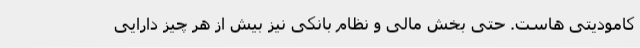
کامودیتی هاست. حتی بخش مالی و نظام بانکی نیز بیش از هر چیز دارایی